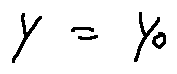
\gamma = \gamma _ { 0 }